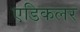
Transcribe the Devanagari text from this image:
एडिकलर